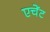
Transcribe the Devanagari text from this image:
एचेंट